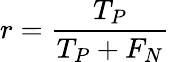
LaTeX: r=\frac{T_{P}}{T_{P}+F_{N}}